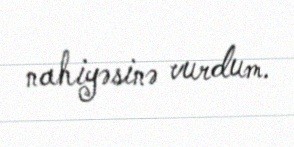
nahiyəsinə vurdum.